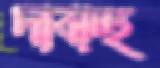
দাবাচ্ছ